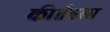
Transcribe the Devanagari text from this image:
कीर्तनला